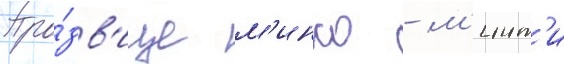
Про́зв'ище м'инко - м'инт'и